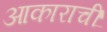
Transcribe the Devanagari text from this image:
आकाराचीं